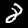
Digit: 8